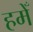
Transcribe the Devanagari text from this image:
हमेँ